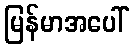
မြန်မာအပေါ်